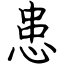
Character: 患